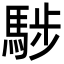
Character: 𩣝